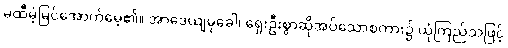
မထီမဲ့မြင်အောက်မေ့၏။ အာဒေယျမုခေါ၊ ရှေးဦးစွာဆိုအပ်သောစကား၌ ယုံကြည်သဖြင့်